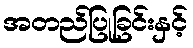
အတည်ပြုခြင်းနှင့်